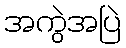
အကွဲအပြဲ